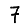
Digit: 7